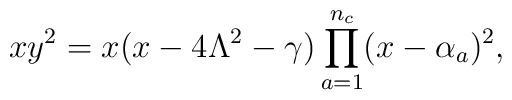
x y^{2} = x (x-4\Lambda^{2} -\gamma) \prod_{a=1}^{n_{c}}      (x-\alpha_{a})^{2},